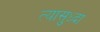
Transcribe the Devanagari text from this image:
त्यासुध्दा